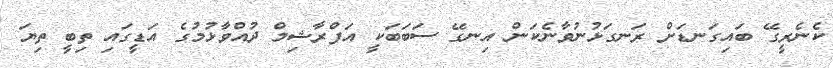
ކެނެރީގޭ ބައިގަނޑަށް ރަނގަޅުނުވާނެކަން އިނގޭ ސަބަބަކީ އަފްރާޝިމް ދުއްވާޅުމުގެ އަޑީގައި ތިބީ ތިޔަ